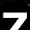
Digit: 7